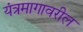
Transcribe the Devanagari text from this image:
यंत्रमागावरील